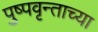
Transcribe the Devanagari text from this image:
पुष्पवृन्ताच्या